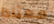
معتادا